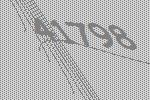
41798